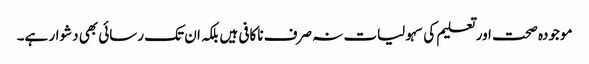
موجودہ صحت اور تعلیم کی سہولیات نہ صرف ناکافی ہیں بلکہ ان تک رسائی بھی دشوار ہے۔